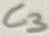
Text: C3